Indian journal of veterinary science and animal husbandry - Volumes 22-23, 1952-1953
Year: 1952
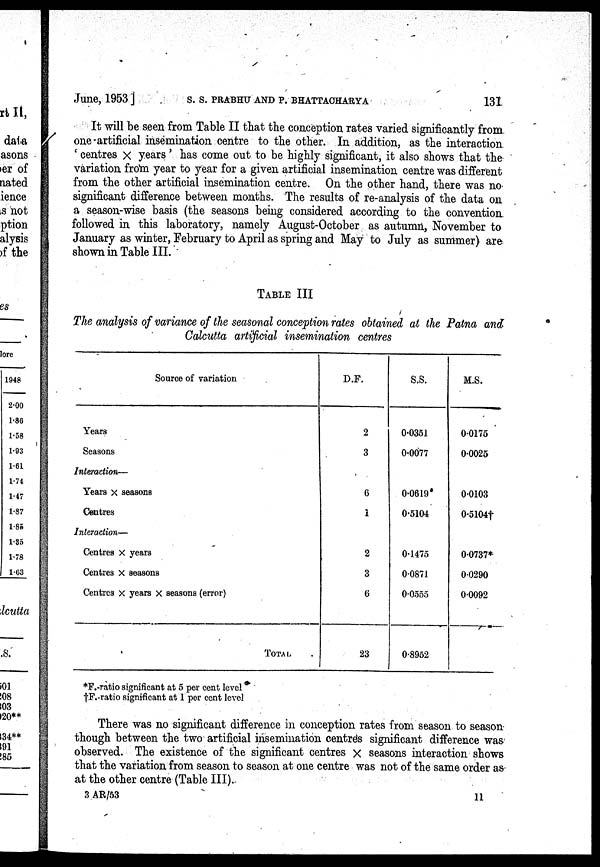
June, 1953 ] S. S. PRABHU AND P. BHATTACHARYA 131
It will be seen from Table II that the conception rates varied significantly from
one artificial insemination centre to the other. In addition, as the interaction
' centres x years' has come out to be highly significant, it also shows that the
variation from year to year for a given artificial insemination centre was different
from the other artificial insemination centre. On the other hand, there was no
significant difference between months. The results of re-analysis of the data on
a season-wise basis (the seasons being considered according to the convention
followed in this laboratory, namely August-October as autumn, November to
January as winter, February to April as spring and May to July as summer) are
shown in Table III.
TABLE III
The analysis of variance of the seasonal conception rates obtained at the Patna and
Calcutta artificial insemination centres
Source of variation
Years
Seasons
Interaction—
Years x seasons
Centres
Interaction—
Centres x years
Centres x seasons
Centres x years x seasons (error)
TOTAL
D.F.
2
3
6
1
2
3
6
23
S.S.
0.0351
0.0077
0.0619
0.5104
0.1475
0.0871
0.0555
0.8952
M.S.
0.0175
0.0025
0.0103
0.5104†
0.0737*
00290
0.0092
*F.-ratio significant at 5 per cent level
†F.-ratio significant at 1 per cent level
There was no significant difference in conception rates from season to season-
though between the two artificial insemination centres significant difference was
observed. The existence of the significant centres x seasons interaction shows
that the variation from season to season at one centre was not of the same order as
at the other centre (Table III).
3 AR/53
11